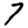
Digit: 7